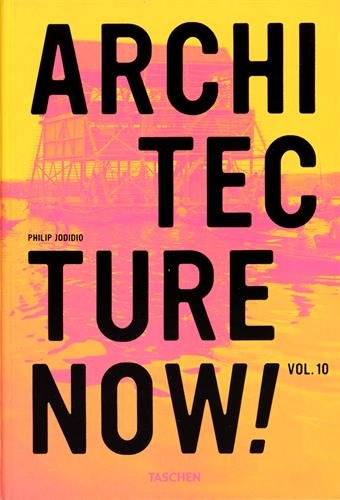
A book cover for Architecture Now! Vol. 10; Philip Jodidio; Arts & Photography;